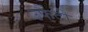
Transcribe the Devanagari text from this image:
उफैंदी